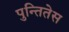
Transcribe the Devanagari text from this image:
पुन्तितेस